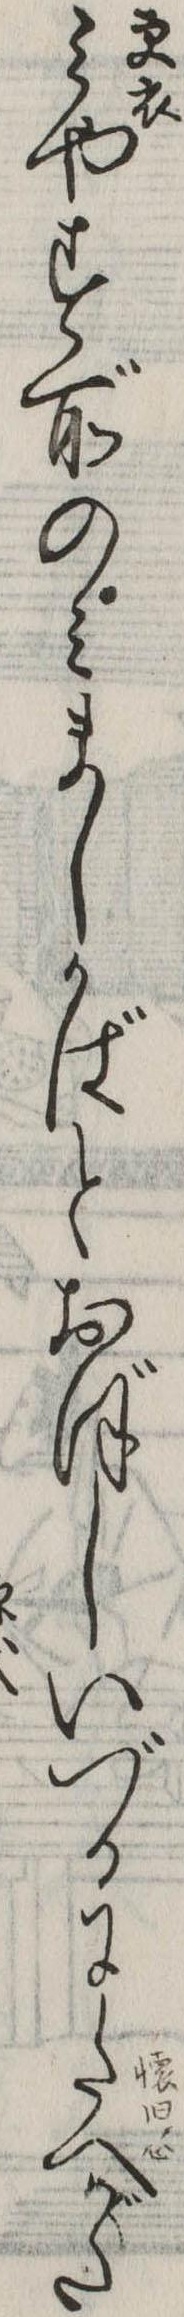
みやす所のみましかばとおぼしいづるにたへがた